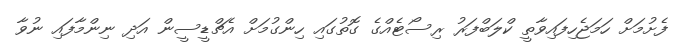
ފެށުމަށް ހަމަޖެހިފައިވާތީ ކްލަބްފަރު ރިސޯޓެއްގެ ގޮތުގައި ހިންގުމަށް އެޗްޑީސީން އަދި ނިންމާފައި ނުވާ